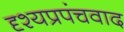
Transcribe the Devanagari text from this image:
दृश्यप्रपंचवाद